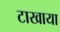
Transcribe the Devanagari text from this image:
टाखाया